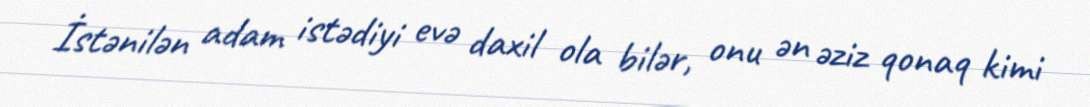
İstənilən adam istədiyi evə daxil ola bilər, onu ən əziz qonaq kimi